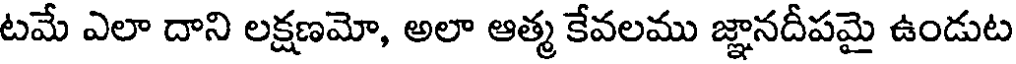
టమే ఎలా దాని లక్షణమో, అలా ఆత్మ కేవలము జ్ఞానదీపమై ఉండుట